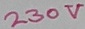
Text: 230V